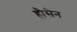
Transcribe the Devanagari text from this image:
हौसेन